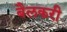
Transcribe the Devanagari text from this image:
बैलकरी